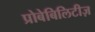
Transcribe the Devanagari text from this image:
प्रोबेबिलिटीज़